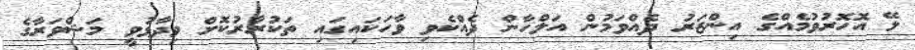
ލޭ އޮހޮރުވުމެއްގެ އިންޒަރު ދެއްވަމުން އަލްހާން ދެއްކެވި ވާހަކައިގައި ތަކުރާރުކޮށް ވިދާޅުވީ މަޝްވަރާގެ